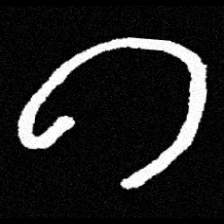
Pyu character \u2014 Myanmar letter: ဂ (romanized: ga)